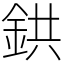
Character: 鉷